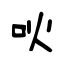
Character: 吙